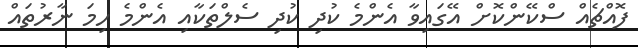
ފޮއްޗެއް ސްކޭންކޮށް އޭގައިވާ އެންމެ ކުދި ކުދި ސެލްތަކާއި އެންމެ ހިމަ ނާރުތައް